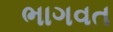
ભાગવત